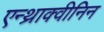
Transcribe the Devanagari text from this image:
एन्थ्राक्वीनिन